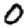
Digit: 0